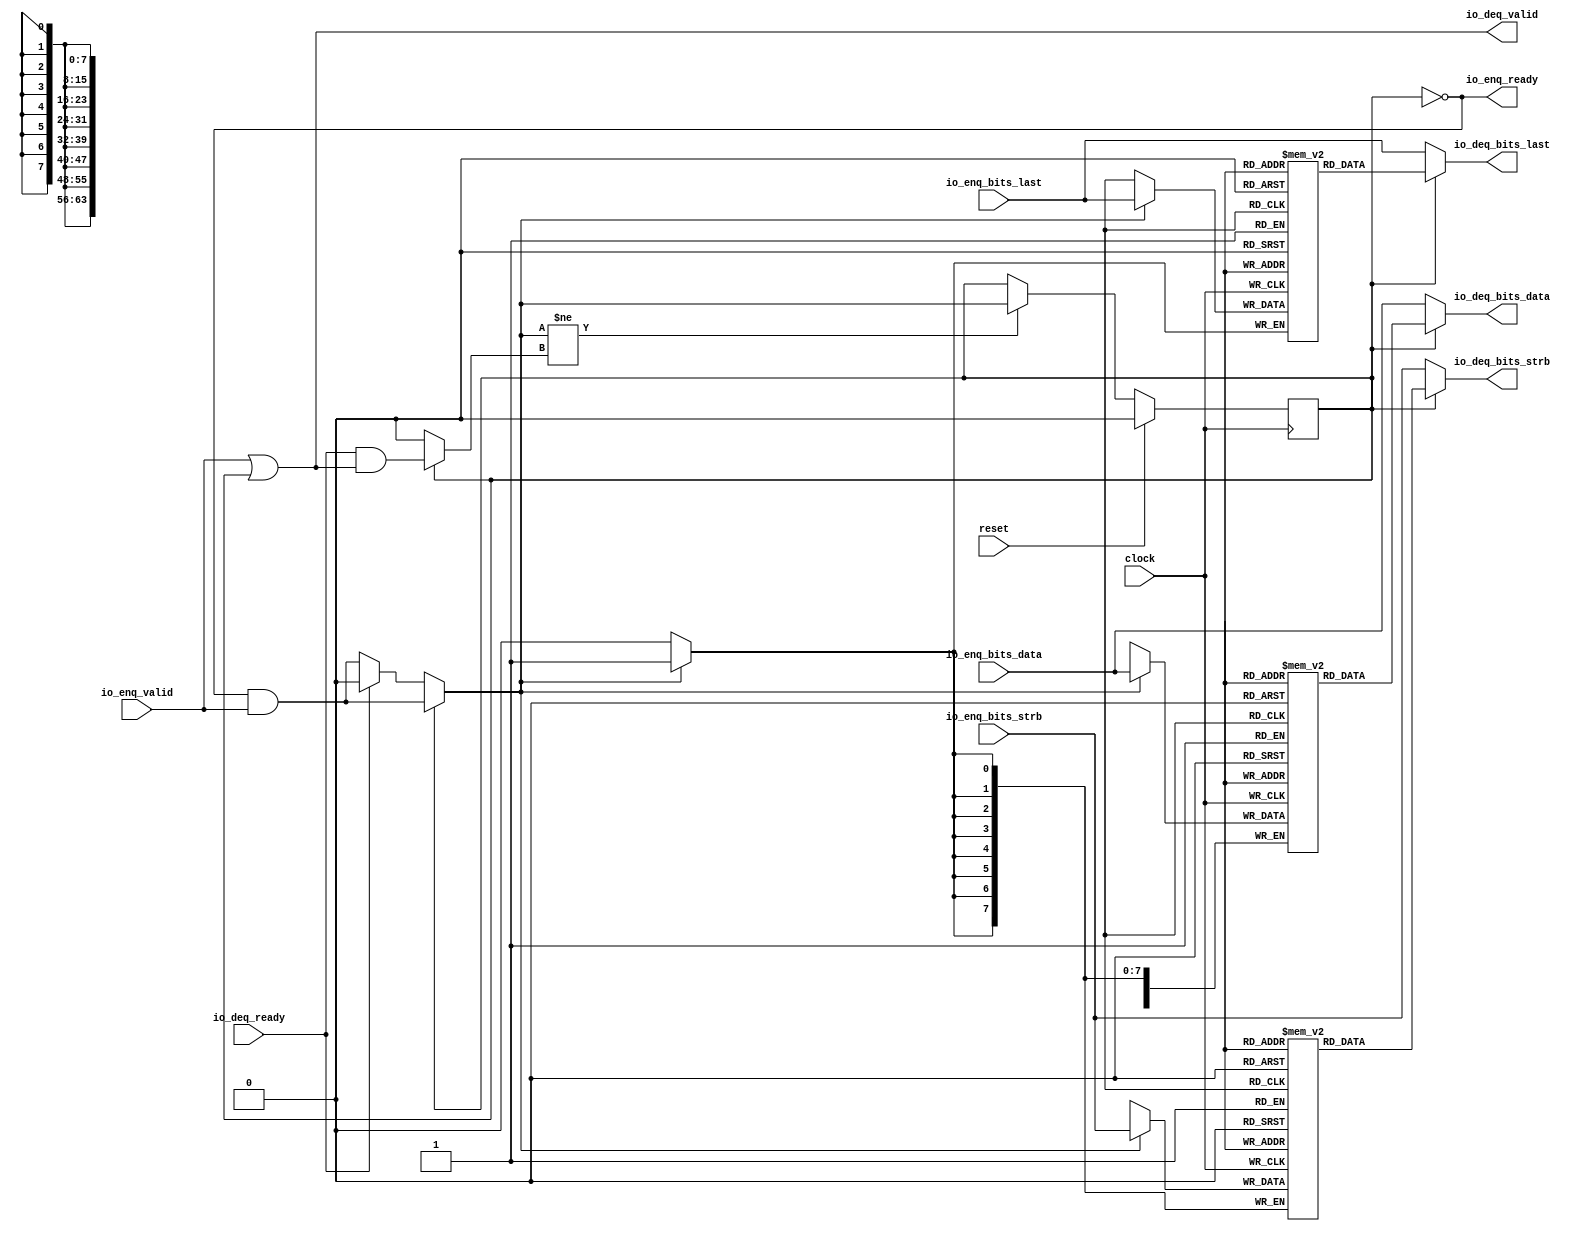
module Queue_10(
  input         clock,
  input         reset,
  output        io_enq_ready,
  input         io_enq_valid,
  input  [63:0] io_enq_bits_data,
  input  [7:0]  io_enq_bits_strb,
  input         io_enq_bits_last,
  input         io_deq_ready,
  output        io_deq_valid,
  output [63:0] io_deq_bits_data,
  output [7:0]  io_deq_bits_strb,
  output        io_deq_bits_last
);
`ifdef RANDOMIZE_MEM_INIT
  reg [63:0] _RAND_0;
  reg [31:0] _RAND_1;
  reg [31:0] _RAND_2;
`endif // RANDOMIZE_MEM_INIT
`ifdef RANDOMIZE_REG_INIT
  reg [31:0] _RAND_3;
`endif // RANDOMIZE_REG_INIT
  reg [63:0] ram_data [0:0]; // @[Decoupled.scala 218:16]
  wire [63:0] ram_data_io_deq_bits_MPORT_data; // @[Decoupled.scala 218:16]
  wire  ram_data_io_deq_bits_MPORT_addr; // @[Decoupled.scala 218:16]
  wire [63:0] ram_data_MPORT_data; // @[Decoupled.scala 218:16]
  wire  ram_data_MPORT_addr; // @[Decoupled.scala 218:16]
  wire  ram_data_MPORT_mask; // @[Decoupled.scala 218:16]
  wire  ram_data_MPORT_en; // @[Decoupled.scala 218:16]
  reg [7:0] ram_strb [0:0]; // @[Decoupled.scala 218:16]
  wire [7:0] ram_strb_io_deq_bits_MPORT_data; // @[Decoupled.scala 218:16]
  wire  ram_strb_io_deq_bits_MPORT_addr; // @[Decoupled.scala 218:16]
  wire [7:0] ram_strb_MPORT_data; // @[Decoupled.scala 218:16]
  wire  ram_strb_MPORT_addr; // @[Decoupled.scala 218:16]
  wire  ram_strb_MPORT_mask; // @[Decoupled.scala 218:16]
  wire  ram_strb_MPORT_en; // @[Decoupled.scala 218:16]
  reg  ram_last [0:0]; // @[Decoupled.scala 218:16]
  wire  ram_last_io_deq_bits_MPORT_data; // @[Decoupled.scala 218:16]
  wire  ram_last_io_deq_bits_MPORT_addr; // @[Decoupled.scala 218:16]
  wire  ram_last_MPORT_data; // @[Decoupled.scala 218:16]
  wire  ram_last_MPORT_addr; // @[Decoupled.scala 218:16]
  wire  ram_last_MPORT_mask; // @[Decoupled.scala 218:16]
  wire  ram_last_MPORT_en; // @[Decoupled.scala 218:16]
  reg  maybe_full; // @[Decoupled.scala 221:27]
  wire  empty = ~maybe_full; // @[Decoupled.scala 224:28]
  wire  _do_enq_T = io_enq_ready & io_enq_valid; // @[Decoupled.scala 40:37]
  wire  _do_deq_T = io_deq_ready & io_deq_valid; // @[Decoupled.scala 40:37]
  wire  _GEN_9 = io_deq_ready ? 1'h0 : _do_enq_T; // @[Decoupled.scala 249:27 Decoupled.scala 249:36]
  wire  do_enq = empty ? _GEN_9 : _do_enq_T; // @[Decoupled.scala 246:18]
  wire  do_deq = empty ? 1'h0 : _do_deq_T; // @[Decoupled.scala 246:18 Decoupled.scala 248:14]
  wire  _T = do_enq != do_deq; // @[Decoupled.scala 236:16]
  wire  _io_deq_valid_T = ~empty; // @[Decoupled.scala 240:19]
  assign ram_data_io_deq_bits_MPORT_addr = 1'h0;
  assign ram_data_io_deq_bits_MPORT_data = ram_data[ram_data_io_deq_bits_MPORT_addr]; // @[Decoupled.scala 218:16]
  assign ram_data_MPORT_data = io_enq_bits_data;
  assign ram_data_MPORT_addr = 1'h0;
  assign ram_data_MPORT_mask = 1'h1;
  assign ram_data_MPORT_en = empty ? _GEN_9 : _do_enq_T;
  assign ram_strb_io_deq_bits_MPORT_addr = 1'h0;
  assign ram_strb_io_deq_bits_MPORT_data = ram_strb[ram_strb_io_deq_bits_MPORT_addr]; // @[Decoupled.scala 218:16]
  assign ram_strb_MPORT_data = io_enq_bits_strb;
  assign ram_strb_MPORT_addr = 1'h0;
  assign ram_strb_MPORT_mask = 1'h1;
  assign ram_strb_MPORT_en = empty ? _GEN_9 : _do_enq_T;
  assign ram_last_io_deq_bits_MPORT_addr = 1'h0;
  assign ram_last_io_deq_bits_MPORT_data = ram_last[ram_last_io_deq_bits_MPORT_addr]; // @[Decoupled.scala 218:16]
  assign ram_last_MPORT_data = io_enq_bits_last;
  assign ram_last_MPORT_addr = 1'h0;
  assign ram_last_MPORT_mask = 1'h1;
  assign ram_last_MPORT_en = empty ? _GEN_9 : _do_enq_T;
  assign io_enq_ready = ~maybe_full; // @[Decoupled.scala 241:19]
  assign io_deq_valid = io_enq_valid | _io_deq_valid_T; // @[Decoupled.scala 245:25 Decoupled.scala 245:40 Decoupled.scala 240:16]
  assign io_deq_bits_data = empty ? io_enq_bits_data : ram_data_io_deq_bits_MPORT_data; // @[Decoupled.scala 246:18 Decoupled.scala 247:19 Decoupled.scala 242:15]
  assign io_deq_bits_strb = empty ? io_enq_bits_strb : ram_strb_io_deq_bits_MPORT_data; // @[Decoupled.scala 246:18 Decoupled.scala 247:19 Decoupled.scala 242:15]
  assign io_deq_bits_last = empty ? io_enq_bits_last : ram_last_io_deq_bits_MPORT_data; // @[Decoupled.scala 246:18 Decoupled.scala 247:19 Decoupled.scala 242:15]
  always @(posedge clock) begin
    if(ram_data_MPORT_en & ram_data_MPORT_mask) begin
      ram_data[ram_data_MPORT_addr] <= ram_data_MPORT_data; // @[Decoupled.scala 218:16]
    end
    if(ram_strb_MPORT_en & ram_strb_MPORT_mask) begin
      ram_strb[ram_strb_MPORT_addr] <= ram_strb_MPORT_data; // @[Decoupled.scala 218:16]
    end
    if(ram_last_MPORT_en & ram_last_MPORT_mask) begin
      ram_last[ram_last_MPORT_addr] <= ram_last_MPORT_data; // @[Decoupled.scala 218:16]
    end
    if (reset) begin // @[Decoupled.scala 221:27]
      maybe_full <= 1'h0; // @[Decoupled.scala 221:27]
    end else if (_T) begin // @[Decoupled.scala 236:28]
      if (empty) begin // @[Decoupled.scala 246:18]
        if (io_deq_ready) begin // @[Decoupled.scala 249:27]
          maybe_full <= 1'h0; // @[Decoupled.scala 249:36]
        end else begin
          maybe_full <= _do_enq_T;
        end
      end else begin
        maybe_full <= _do_enq_T;
      end
    end
  end
// Register and memory initialization
`ifdef RANDOMIZE_GARBAGE_ASSIGN
`define RANDOMIZE
`endif
`ifdef RANDOMIZE_INVALID_ASSIGN
`define RANDOMIZE
`endif
`ifdef RANDOMIZE_REG_INIT
`define RANDOMIZE
`endif
`ifdef RANDOMIZE_MEM_INIT
`define RANDOMIZE
`endif
`ifndef RANDOM
`define RANDOM $random
`endif
`ifdef RANDOMIZE_MEM_INIT
  integer initvar;
`endif
`ifndef SYNTHESIS
`ifdef FIRRTL_BEFORE_INITIAL
`FIRRTL_BEFORE_INITIAL
`endif
initial begin
  `ifdef RANDOMIZE
    `ifdef INIT_RANDOM
      `INIT_RANDOM
    `endif
    `ifndef VERILATOR
      `ifdef RANDOMIZE_DELAY
        #`RANDOMIZE_DELAY begin end
      `else
        #0.002 begin end
      `endif
    `endif
`ifdef RANDOMIZE_MEM_INIT
  _RAND_0 = {2{`RANDOM}};
  for (initvar = 0; initvar < 1; initvar = initvar+1)
    ram_data[initvar] = _RAND_0[63:0];
  _RAND_1 = {1{`RANDOM}};
  for (initvar = 0; initvar < 1; initvar = initvar+1)
    ram_strb[initvar] = _RAND_1[7:0];
  _RAND_2 = {1{`RANDOM}};
  for (initvar = 0; initvar < 1; initvar = initvar+1)
    ram_last[initvar] = _RAND_2[0:0];
`endif // RANDOMIZE_MEM_INIT
`ifdef RANDOMIZE_REG_INIT
  _RAND_3 = {1{`RANDOM}};
  maybe_full = _RAND_3[0:0];
`endif // RANDOMIZE_REG_INIT
  `endif // RANDOMIZE
end // initial
`ifdef FIRRTL_AFTER_INITIAL
`FIRRTL_AFTER_INITIAL
`endif
`endif // SYNTHESIS
endmodule